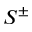
S ^ { \pm }